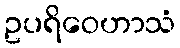
ဥပရိဝေဟာသံ